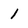
Character: 1